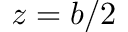
z = b / 2